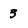
Character: 3